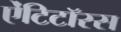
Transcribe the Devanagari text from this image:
ऐंटिटॉरस